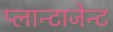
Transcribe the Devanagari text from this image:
प्लान्टाजेन्ट